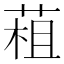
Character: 𦳏